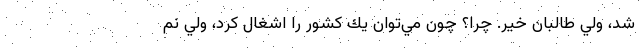
شد، ولي طالبان خير. چرا؟ چون مي‌توان يك كشور را اشغال كرد، ولي نم